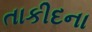
તાકીદના